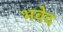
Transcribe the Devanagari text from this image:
भवेद